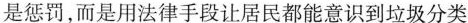
是惩罚，而是用法律手段让居民都能意识到垃圾分类